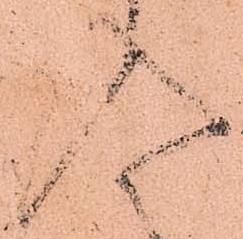
入